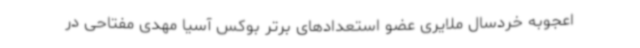
اعجوبه خردسال ملایری عضو استعدادهای برتر بوکس آسیا مهدی مفتاحی در